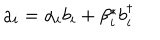
a _ { i } = \alpha _ { i } b _ { i } + \beta _ { i } ^ { * } b _ { i } ^ { \dagger }